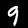
Digit: 9